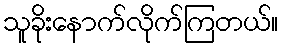
သူခိုးနောက်လိုက်ကြတယ်။